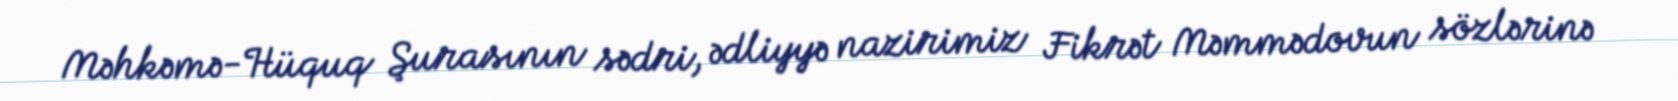
Məhkəmə-Hüquq Şurasının sədri, ədliyyə nazirimiz Fikrət Məmmədovun sözlərinə